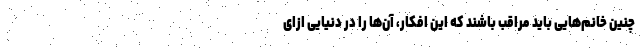
چنین خانم‌هایی باید مراقب باشند که این افکار، آن‌ها را در دنیایی ازای